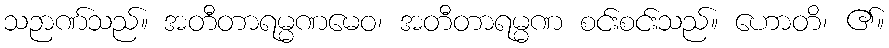
သဉာဏ်သည်။ အတီတာရမ္မဏမေဝ၊ အတီတာရမ္မဏ စင်းစင်းသည်။ ဟောတိ၊ ၏။